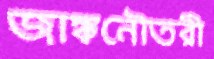
জাঙ্কনৌতরী